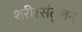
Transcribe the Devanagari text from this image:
शरीरसंतुलन